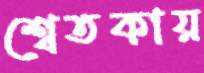
শ্বেতকায়